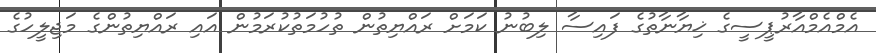
އެމްއެމްއާރުޕީސީގެ ޚިޔާނާތުގެ ފައިސާ ލިބުނު ކަމަށް ރައްޔިތުން ތުހުމަތުކުރަމުން އައި ރައްޔިތުންގެ މަޖިލީހުގެ